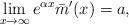
LaTeX: \begin{align*} \lim_{x\to \infty} e^{\alpha x}\bar m'(x)=a, \end{align*}